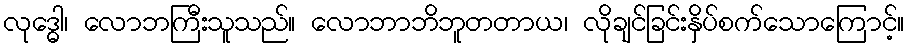
လုဒ္ဓေါ၊ လောဘကြီးသူသည်။ လောဘာဘိဘူတတာယ၊ လိုချင်ခြင်းနှိပ်စက်သောကြောင့်။